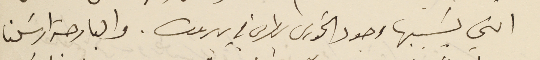
التي يسَببها وجود الخوري بطرس في بيروت. والبارحة ارسَلنا